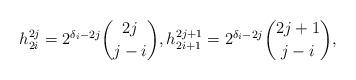
LaTeX: \begin{align*}h_{2i}^{2j}=2^{\delta_{i}-2j}\binom{2j}{j-i},h_{2i+1}^{2j+1}=2^{\delta_{i}-2j}\binom{2j+1}{j-i},\end{align*}